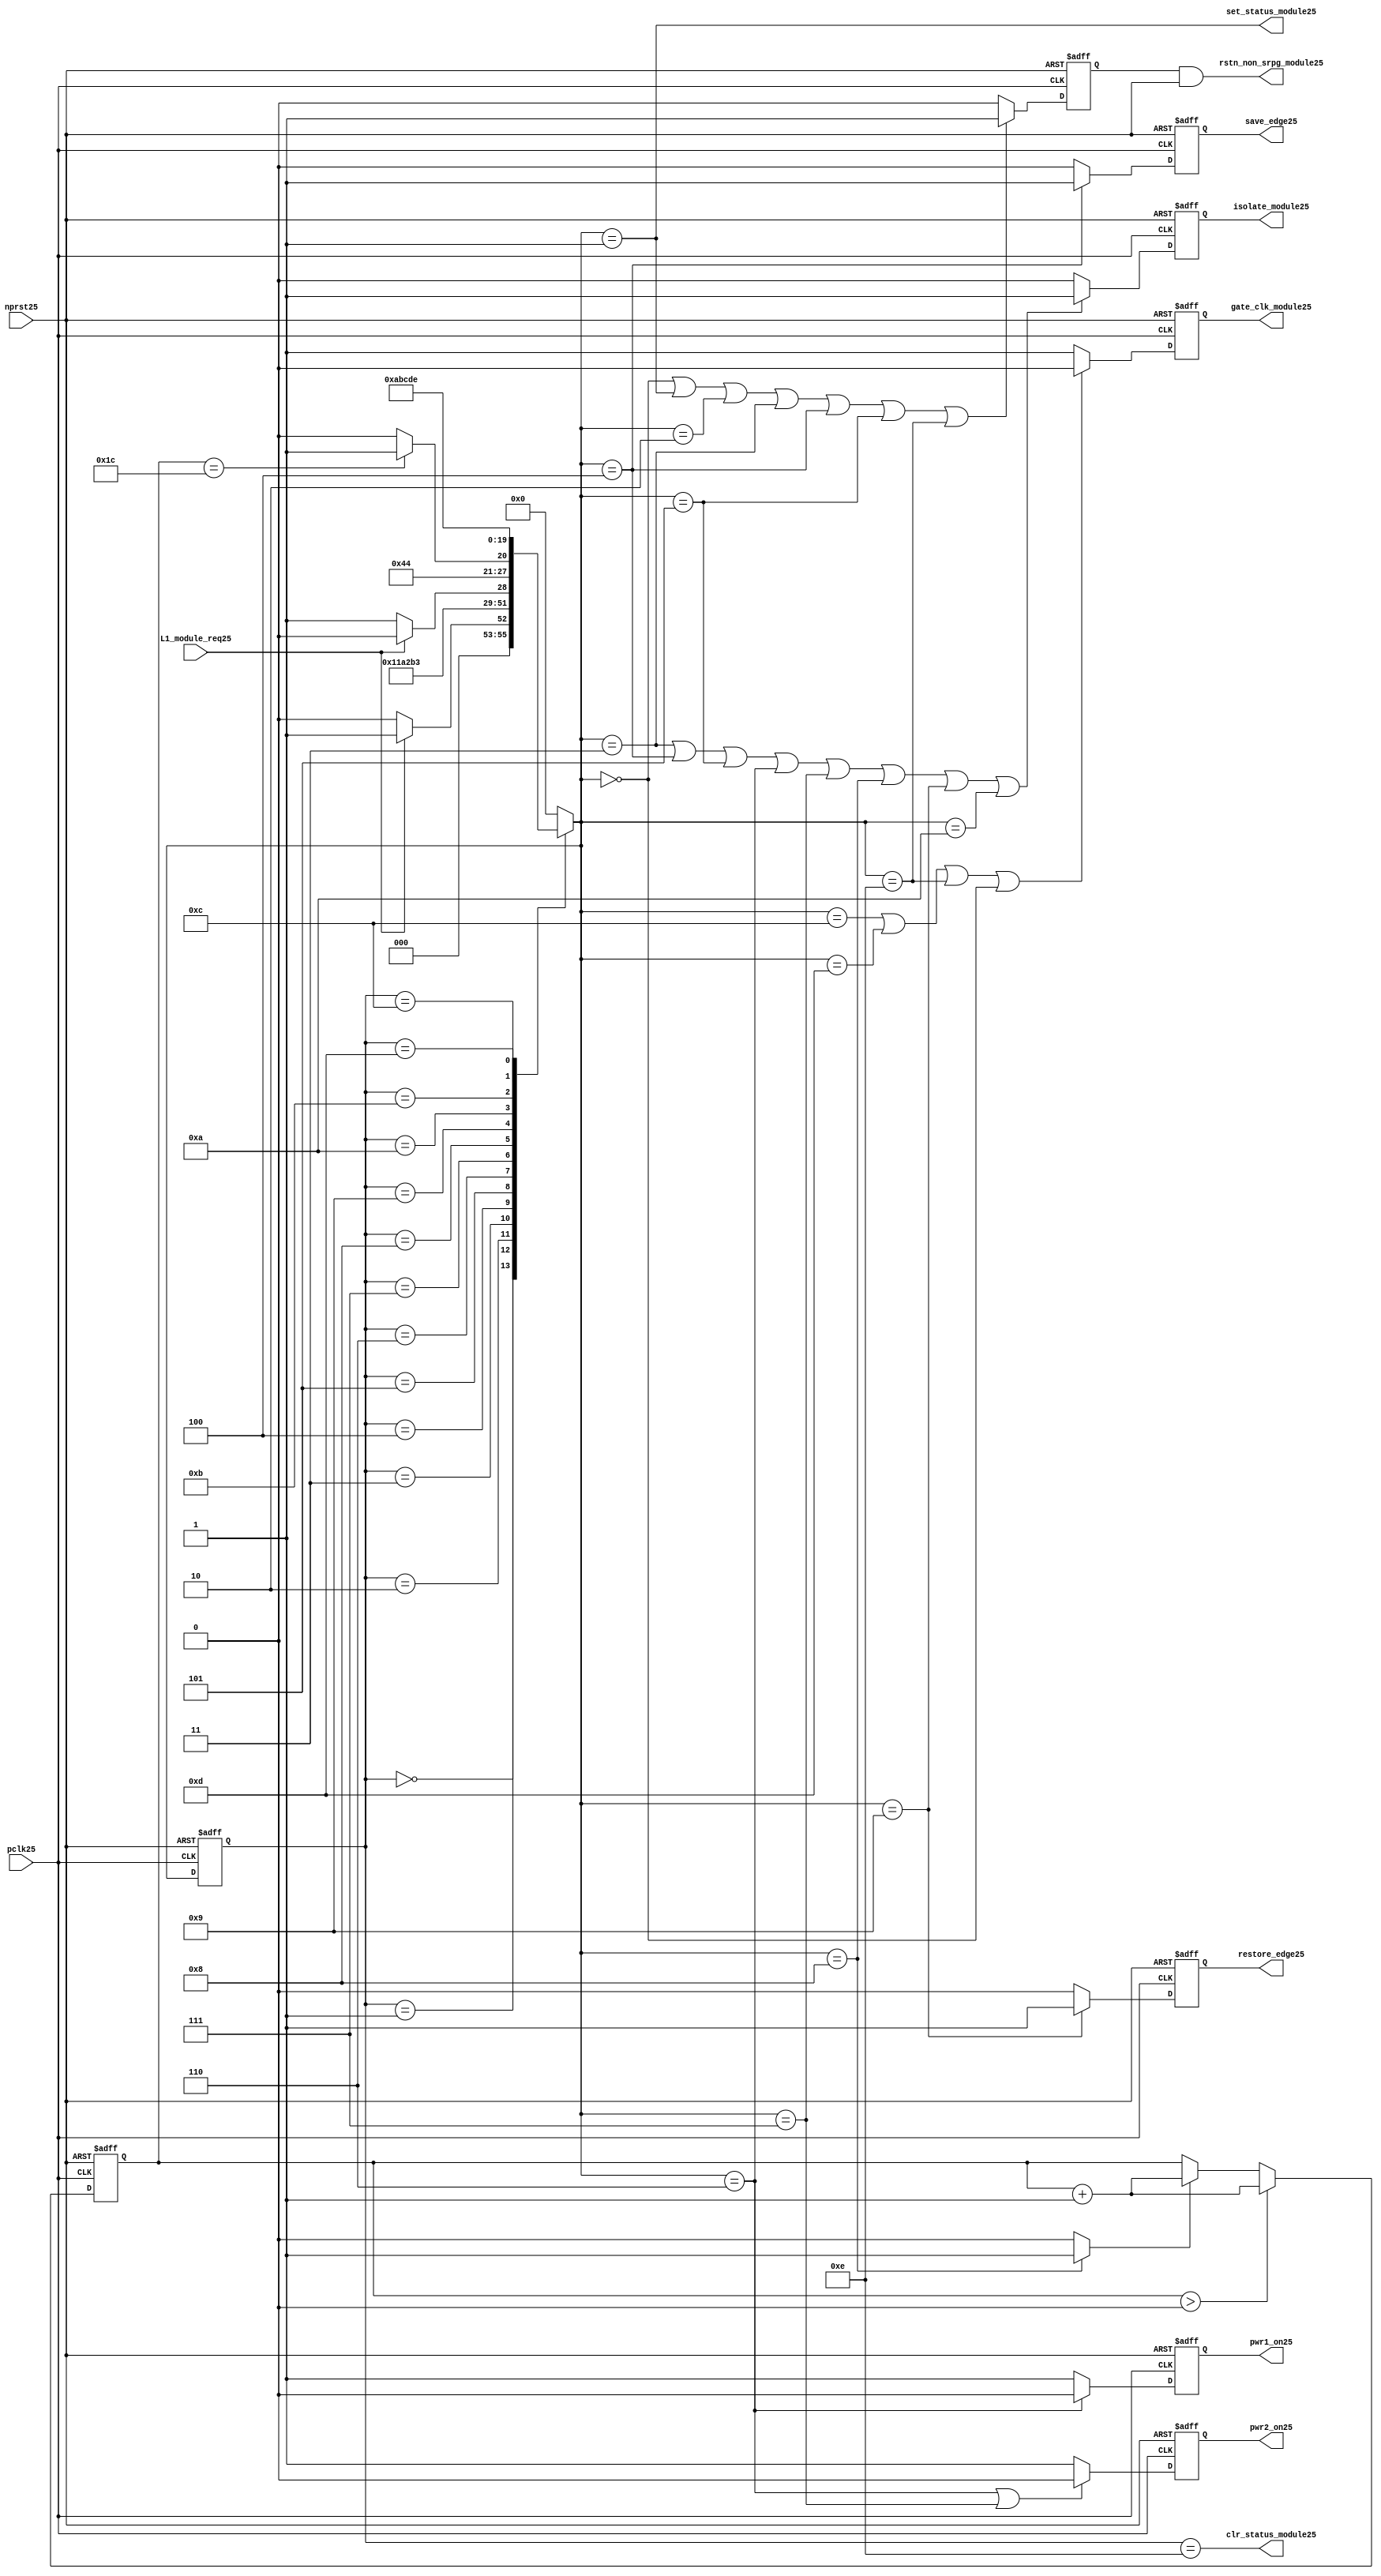
//File25 name   : power_ctrl_sm25.v
//Title25       : Power25 Controller25 state machine25
//Created25     : 1999
//Description25 : State25 machine25 of power25 controller25
//Notes25       : 
//----------------------------------------------------------------------
//   Copyright25 1999-2010 Cadence25 Design25 Systems25, Inc25.
//   All Rights25 Reserved25 Worldwide25
//
//   Licensed25 under the Apache25 License25, Version25 2.0 (the
//   "License25"); you may not use this file except25 in
//   compliance25 with the License25.  You may obtain25 a copy of
//   the License25 at
//
//       http25://www25.apache25.org25/licenses25/LICENSE25-2.0
//
//   Unless25 required25 by applicable25 law25 or agreed25 to in
//   writing, software25 distributed25 under the License25 is
//   distributed25 on an "AS25 IS25" BASIS25, WITHOUT25 WARRANTIES25 OR25
//   CONDITIONS25 OF25 ANY25 KIND25, either25 express25 or implied25.  See
//   the License25 for the specific25 language25 governing25
//   permissions25 and limitations25 under the License25.
//----------------------------------------------------------------------
module power_ctrl_sm25 (

    // Clocks25 & Reset25
    pclk25,
    nprst25,

    // Register Control25 inputs25
    L1_module_req25,
    set_status_module25,
    clr_status_module25,

    // Module25 control25 outputs25
    rstn_non_srpg_module25,
    gate_clk_module25,
    isolate_module25,
    save_edge25,
    restore_edge25,
    pwr1_on25,
    pwr2_on25

);

input    pclk25;
input    nprst25;

input    L1_module_req25;
output   set_status_module25;
output   clr_status_module25;
    
output   rstn_non_srpg_module25;
output   gate_clk_module25;
output   isolate_module25;
output   pwr1_on25;
output   pwr2_on25;
output save_edge25;
output restore_edge25;

wire    set_status_module25;
wire    clr_status_module25;

wire    rstn_non_srpg_module25;
reg     gate_clk_module25;
reg     isolate_module25;
reg     pwr1_on25;
reg     pwr2_on25;

reg save_edge25;

reg restore_edge25;
   
// FSM25 state
reg  [3:0] currentState25, nextState25;
reg     rstn_non_srpg25;
reg [4:0] trans_cnt25;

parameter Init25 = 0; 
parameter Clk_off25 = 1; 
parameter Wait125 = 2; 
parameter Isolate25 = 3; 
parameter Save_edge25 = 4; 
parameter Pre_pwr_off25 = 5; 
parameter Pwr_off25 = 6; 
parameter Pwr_on125 = 7; 
parameter Pwr_on225 = 8; 
parameter Restore_edge25 = 9; 
parameter Wait225 = 10; 
parameter De_isolate25 = 11; 
parameter Clk_on25 = 12; 
parameter Wait325 = 13; 
parameter Rst_clr25 = 14;


// Power25 Shut25 Off25 State25 Machine25

// FSM25 combinational25 process
always @  (*)
  begin
    case (currentState25)

      // Commence25 PSO25 once25 the L125 req bit is set.
      Init25:
        if (L1_module_req25 == 1'b1)
          nextState25 = Clk_off25;         // Gate25 the module's clocks25 off25
        else
          nextState25 = Init25;            // Keep25 waiting25 in Init25 state
        
      Clk_off25 :
        nextState25 = Wait125;             // Wait25 for one cycle
 
      Wait125  :                         // Wait25 for clk25 gating25 to take25 effect
        nextState25 = Isolate25;           // Start25 the isolation25 process
          
      Isolate25 :
        nextState25 = Save_edge25;
        
      Save_edge25 :
        nextState25 = Pre_pwr_off25;

      Pre_pwr_off25 :
        nextState25 = Pwr_off25;
      // Exit25 PSO25 once25 the L125 req bit is clear.

      Pwr_off25 :
        if (L1_module_req25 == 1'b0)
          nextState25 = Pwr_on125;         // Resume25 power25 if the L1_module_req25 bit is cleared25
        else
          nextState25 = Pwr_off25;         // Wait25 until the L1_module_req25 bit is cleared25
        
      Pwr_on125 :
        nextState25 = Pwr_on225;
          
      Pwr_on225 :
        if(trans_cnt25 == 5'd28)
          nextState25 = Restore_edge25;
        else 
          nextState25 = Pwr_on225;
          
      Restore_edge25 :
        nextState25 = Wait225;

      Wait225 :
        nextState25 = De_isolate25;
          
      De_isolate25 :
        nextState25 = Clk_on25;
          
      Clk_on25 :
        nextState25 = Wait325;
          
      Wait325  :                         // Wait25 for clock25 to resume
        nextState25 = Rst_clr25 ;     
 
      Rst_clr25 :
        nextState25 = Init25;
        
      default  :                       // Catch25 all
        nextState25 = Init25; 
        
    endcase
  end


  // Signals25 Sequential25 process - gate_clk_module25
always @ (posedge pclk25 or negedge nprst25)
  begin
    if (~nprst25)
      gate_clk_module25 <= 1'b0;
    else 
      if (nextState25 == Clk_on25 | nextState25 == Wait325 | nextState25 == Rst_clr25 | 
          nextState25 == Init25)
          gate_clk_module25 <= 1'b0;
      else
          gate_clk_module25 <= 1'b1;
  end

// Signals25 Sequential25 process - rstn_non_srpg25
always @ (posedge pclk25 or negedge nprst25)
  begin
    if (~nprst25)
      rstn_non_srpg25 <= 1'b0;
    else
      if ( nextState25 == Init25 | nextState25 == Clk_off25 | nextState25 == Wait125 | 
           nextState25 == Isolate25 | nextState25 == Save_edge25 | nextState25 == Pre_pwr_off25 | nextState25 == Rst_clr25)
        rstn_non_srpg25 <= 1'b1;
      else
        rstn_non_srpg25 <= 1'b0;
   end


// Signals25 Sequential25 process - pwr1_on25 & pwr2_on25
always @ (posedge pclk25 or negedge nprst25)
  begin
    if (~nprst25)
      pwr1_on25 <=  1'b1;  // power25 gates25 1 & 2 are on
    else
      if (nextState25 == Pwr_off25 )
        pwr1_on25 <= 1'b0;  // shut25 off25 both power25 gates25 1 & 2
      else
        pwr1_on25 <= 1'b1;
  end


// Signals25 Sequential25 process - pwr1_on25 & pwr2_on25
always @ (posedge pclk25 or negedge nprst25)
  begin
    if (~nprst25)
       pwr2_on25 <= 1'b1;      // power25 gates25 1 & 2 are on
    else
      if (nextState25 == Pwr_off25 | nextState25 == Pwr_on125)
        pwr2_on25 <= 1'b0;     // shut25 off25 both power25 gates25 1 & 2
      else
        pwr2_on25 <= 1'b1;
   end


// Signals25 Sequential25 process - isolate_module25 
always @ (posedge pclk25 or negedge nprst25)
  begin
    if (~nprst25)
        isolate_module25 <= 1'b0;
    else
      if (nextState25 == Isolate25 | nextState25 == Save_edge25 | nextState25 == Pre_pwr_off25 |  nextState25 == Pwr_off25 | nextState25 == Pwr_on125 |
          nextState25 == Pwr_on225 | nextState25 == Restore_edge25 | nextState25 == Wait225)
         isolate_module25 <= 1'b1;       // Activate25 the isolate25 and retain25 signals25
      else
         isolate_module25 <= 1'b0;        
   end    

// enabling save edge
always @ (posedge pclk25 or negedge nprst25)
  begin
    if (~nprst25)
        save_edge25 <= 1'b0;
    else
      if (nextState25 == Save_edge25 )
         save_edge25 <= 1'b1;       // Activate25 the isolate25 and retain25 signals25
      else
         save_edge25 <= 1'b0;        
   end    
// stabilising25 count
wire restore_change25;
assign restore_change25 = (nextState25 == Pwr_on225) ? 1'b1: 1'b0;

always @ (posedge pclk25 or negedge nprst25)
  begin
    if (~nprst25)
      trans_cnt25 <= 0;
    else if (trans_cnt25 > 0)
      trans_cnt25  <= trans_cnt25 + 1;
    else if (restore_change25)
      trans_cnt25  <= trans_cnt25 + 1;
  end

// enabling restore25 edge
always @ (posedge pclk25 or negedge nprst25)
  begin
    if (~nprst25)
        restore_edge25 <= 1'b0;
    else
      if (nextState25 == Restore_edge25)
         restore_edge25 <= 1'b1;       // Activate25 the isolate25 and retain25 signals25
      else
         restore_edge25 <= 1'b0;        
   end    


// FSM25 Sequential25 process
always @ (posedge pclk25 or negedge nprst25)
  begin
    if (~nprst25)
      currentState25 <= Init25;
    else
      currentState25 <= nextState25;
  end


// Reset25 for non-SRPG25 FFs25 is a combination25 of the nprst25 and the reset during PSO25
assign  rstn_non_srpg_module25 = rstn_non_srpg25 & nprst25;

assign  set_status_module25 = (nextState25 == Clk_off25);    // Set the L125 status bit  
assign  clr_status_module25 = (currentState25 == Rst_clr25); // Clear the L125 status bit  
  

`ifdef LP_ABV_ON25

// psl25 default clock25 = (posedge pclk25);

// Never25 have the set and clear status signals25 both set
// psl25 output_no_set_and_clear25 : assert never {set_status_module25 & clr_status_module25};



// Isolate25 signal25 should become25 active on the 
// Next25 clock25 after Gate25 signal25 is activated25
// psl25 output_pd_seq25:
//    assert always
//	  {rose25(gate_clk_module25)} |=> {[*1]; {rose25(isolate_module25)} }
//    abort25(~nprst25);
//
//
//
// Reset25 signal25 for Non25-SRPG25 FFs25 and POWER25 signal25 for
// SMC25 should become25 LOW25 on clock25 cycle after Isolate25 
// signal25 is activated25
// psl25 output_pd_seq_stg_225:
//    assert always
//    {rose25(isolate_module25)} |=>
//    {[*2]; {{fell25(rstn_non_srpg_module25)} && {fell25(pwr1_on25)}} }
//    abort25(~nprst25);
//
//
// Whenever25 pwr1_on25 goes25 to LOW25 pwr2_on25 should also go25 to LOW25
// psl25 output_pwr2_low25:
//    assert always
//    { fell25(pwr1_on25) } |->  { fell25(pwr2_on25) }
//    abort25(~nprst25);
//
//
// Whenever25 pwr1_on25 becomes HIGH25 , On25 Next25 clock25 cycle pwr2_on25
// should also become25 HIGH25
// psl25 output_pwr2_high25:
//    assert always
//    { rose25(pwr1_on25) } |=>  { (pwr2_on25) }
//    abort25(~nprst25);
//
`endif


endmodule